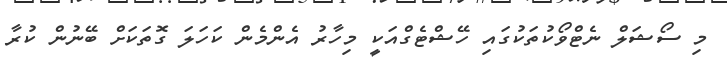
މި ސޯޝަލް ނެޓްވޯކުތަކުގައި ހޭޝްޓެގްއަކީ މިހާރު އެންމެން ކަހަލަ ގޮތަކަށް ބޭނުން ކުރާ